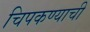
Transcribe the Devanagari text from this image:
चिपकण्याची